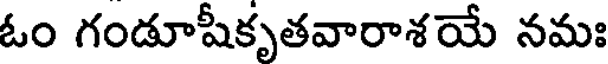
ఓం గండూషీకృతవారాశయే నమః